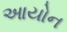
આયોન